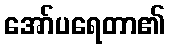
အော်ပရေတာ၏